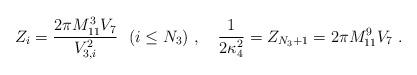
LaTeX: \begin{align*}Z_i = \frac{2\pi M_{11}^3 V_7 }{ V_{3,i}^2}\ \ (i \leq N_3)\ ,\quad \frac{1}{2\kappa_4^2} = Z_{N_3+1} ={2\pi M_{11}^9 V_7 }\ .\end{align*}